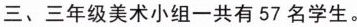
三、三年级美术小组一共有 57 名学生。